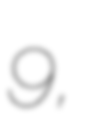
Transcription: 9,